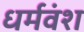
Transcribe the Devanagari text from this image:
धर्मवंश